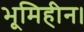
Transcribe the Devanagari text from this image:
भूमिहीन।